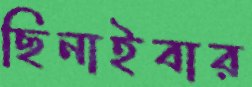
ছিনাইবার